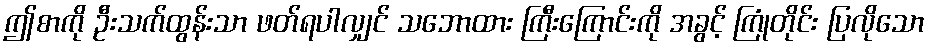
ဤစာကို ဦးသက်ထွန်းသာ ဖတ်ရပါလျှင် သဘောထား ကြီးကြောင်းကို အခွင့် ကြုံတိုင်း ပြလိုသော